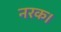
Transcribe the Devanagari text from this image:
नरक।